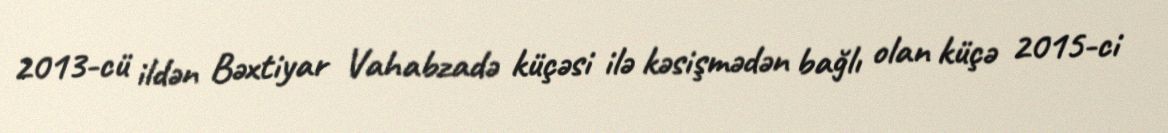
2013-cü ildən Bəxtiyar Vahabzadə küçəsi ilə kəsişmədən bağlı olan küçə 2015-ci